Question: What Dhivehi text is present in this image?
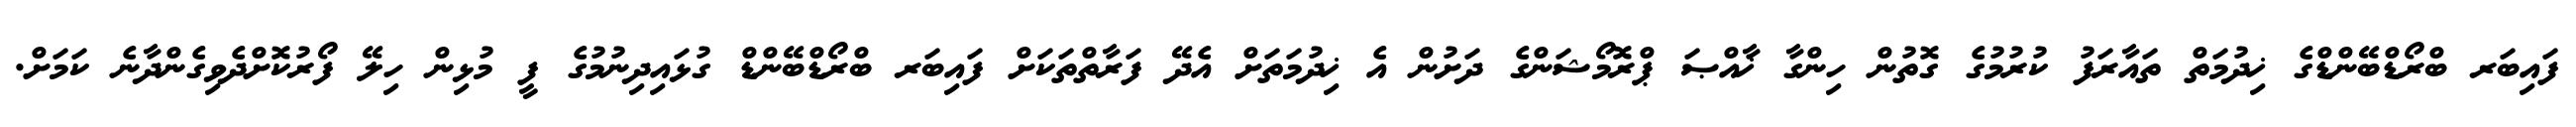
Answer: ފައިބަރ ބްރޯޑްބޭންޑްގެ ޚިދުމަތް ތައާރަފު ކުރުމުގެ ގޮތުން ހިންގާ ޚާއްޞަ ޕްރޮމޯޝަންގެ ދަށުން އެ ޚިދުމަތަށް އެދޭ ފަރާތްތަކަށް ފައިބަރ ބްރޯޑްބޭންޑް ގުޅައިދިނުމުގެ ފީ މުޅިން ހިލޭ ފޯރުކޮށްދެވިގެންދާނެ ކަމަށް.